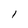
Character: l